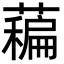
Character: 藊